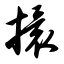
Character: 擐